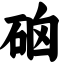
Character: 硇